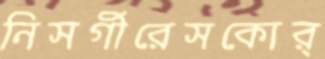
নিসর্গীরেসকোর্